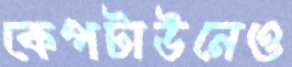
কেপটাউনেও